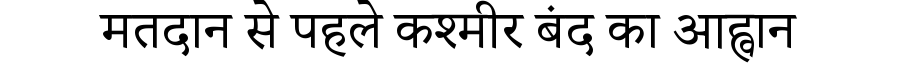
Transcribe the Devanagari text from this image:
मतदान से पहले कश्मीर बंद का आह्वान